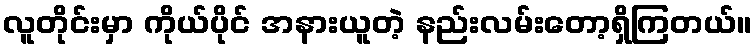
လူတိုင်းမှာ ကိုယ်ပိုင် အနားယူတဲ့ နည်းလမ်းတော့ရှိကြတယ်။